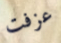
عزفت